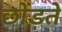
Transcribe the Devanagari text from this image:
छोंड़ते